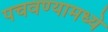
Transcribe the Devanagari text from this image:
पचवण्यामध्ये